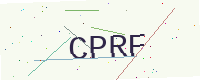
Text: CPRF